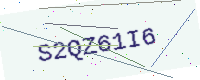
Text: S2QZ61I6